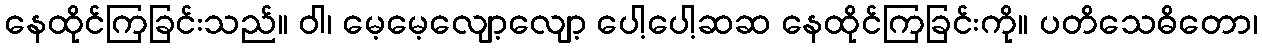
နေထိုင်ကြခြင်းသည်။ ဝါ၊ မေ့မေ့လျော့လျော့ ပေါ့ပေါ့ဆဆ နေထိုင်ကြခြင်းကို။ ပတိသေဓိတော၊